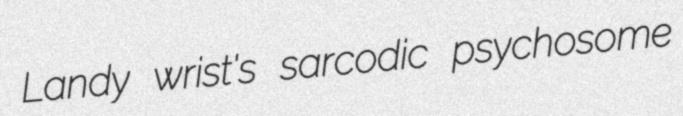
Landy wrist's sarcodic psychosome